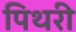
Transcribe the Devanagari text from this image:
पिथरी